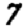
Digit: 7